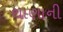
થાણાની